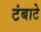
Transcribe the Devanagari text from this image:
टंबाटे